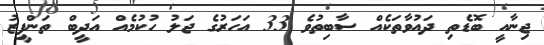
ޖިނާއީ ބޮޑެތި ދައުވާތަކެއް ސާބިތުވެ 33 އަހަރުގެ ޖަލު ހުކުމެއް އަދީބް ތަންފީޒު